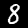
Label: 8